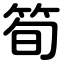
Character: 筍